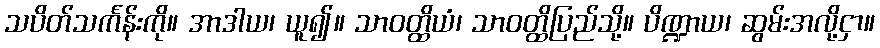
သပိတ်သင်္ကန်းကို။ အာဒါယ၊ ယူ၍။ သာဝတ္ထိယံ၊ သာဝတ္ထိပြည်သို့။ ပိဏ္ဍာယ၊ ဆွမ်းအလို့ငှာ။